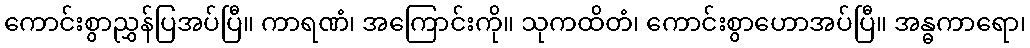
ကောင်းစွာညွှန်ပြအပ်ပြီ။ ကာရဏံ၊ အကြောင်းကို။ သုကထိတံ၊ ကောင်းစွာဟောအပ်ပြီ။ အန္ဓကာရော၊